Vaccination in the Punjab 1905-1918 - 1905-1918
Year: 1905
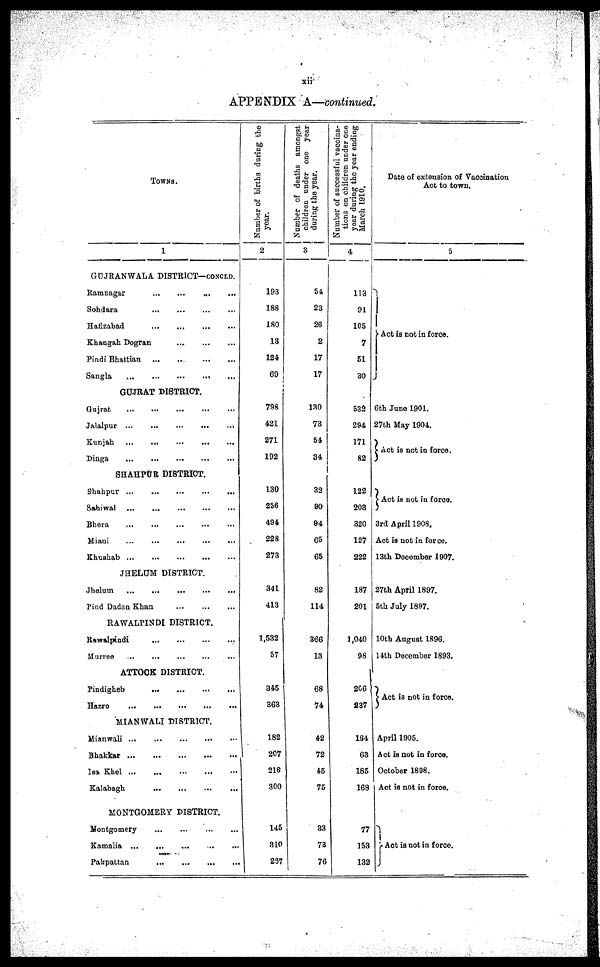
xii
APPENDIX A—continued.
TOWNS.
1
GUJRANWALA DISTRICT—CONCLD.
Ramnagar
...
...
...
...
Sohdara
...
...
...
...
Hatizabad
...
...
...
...
Khangah Dogran ... ... ... ...
Pindi Bhattian
...
...
...
...
Sangla
...
...
...
...
GUJRAT DISTRICT.
Gujrat ... ... ... ...
Jalalpur ... ... ... ...
Kunjah
...
...
...
...
Dinga
...
...
...
...
SHAHPUR DISTRICT.
Shahpur
...
...
...
...
Sahiwal
...
...
...
...
Bhera
...
...
...
...
Miani
...
...
...
...
Khushab
...
...
...
...
JHELUM DISTRICT.
Jhelum
...
...
...
...
Pind Dadan Khan
...
...
...
...
RAWALPINDI DISTRICT.
Rawalpindi
...
...
...
...
Murree
...
...
...
...
ATTOCK DISTRICT.
Pindigheb
...
...
...
...
Hazro
...
...
...
...
MIANWALI DISTRICT.
Mianwali
...
...
...
...
Bhakkar
...
...
...
...
Isa Khel
...
...
...
...
Kalabagh
...
...
...
...
MONTGOMERY DISTRICT.
Montgomery
...
...
...
...
Kamalia ... ... ... ...
Pakpattan
...
...
...
...
Number of births during the
year.
2
193
188
180
13
124
69
798
421
271
192
130
256
494
228
273
341
413
1,532
57
345
363
182
207
216
300
145
310
267
Number of deaths amongst
children under one year
during the year.
3
54
23
26
2
17
17
130
73
54
34
32
90
94
65
65
82
114
366
13
68
74
42
72
45
75
33
73
76
Number of successful vaccina¬
tions on children under one
year during the year ending
March 1910.
4
113
91
105
7
51
30
532
294
171
82
122
203
320
127
222
187
201
1,040
98
206
237
184
63
185
168
77
153
132
Date of extension of Vaccination
Act to town.
5
Act is not in force.
6th June 1901.
27th May 1904.
Act is not in force.
Act is not in force.
3rd April 1908.
Act is not in force.
13th December 1907.
27th April 1897.
5th July 1897.
10th August 1896.
14th December 1893.
Act is not in force.
April 1905.
Act is not in force.
October 1898.
Act is not in force.
Act is not in force.